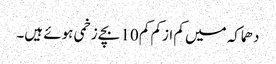
دھماکہ میں کم ازکم کم 10 بچے زخمی ہوئے ہیں۔